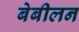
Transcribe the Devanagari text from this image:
बेबीलन